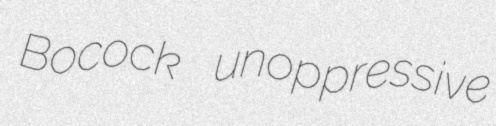
Bocock unoppressive